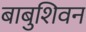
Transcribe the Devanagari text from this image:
बाबुशिवन